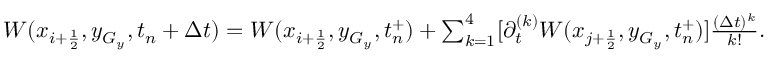
\begin{array} { r } { W ( x _ { i + \frac { 1 } { 2 } } , y _ { G _ { y } } , t _ { n } + \Delta t ) = W ( x _ { i + \frac { 1 } { 2 } } , y _ { G _ { y } } , t _ { n } ^ { + } ) + \sum _ { k = 1 } ^ { 4 } [ \partial _ { t } ^ { ( k ) } W ( x _ { j + \frac { 1 } { 2 } } , y _ { G _ { y } } , t _ { n } ^ { + } ) ] \frac { ( \Delta t ) ^ { k } } { k ! } . } \end{array}